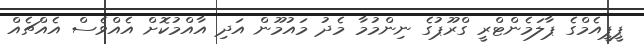
ޕީޕީއެމްގެ ޕާލަމެންޓްރީ ގްރޫޕުގެ ނިންމުމާ މެދު މައުމޫން އަދި އާއްމުކޮށް އެއްވެސް އެއްޗެއް